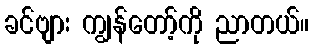
ခင်ဗျား ကျွန်တော့်ကို ညာတယ်။